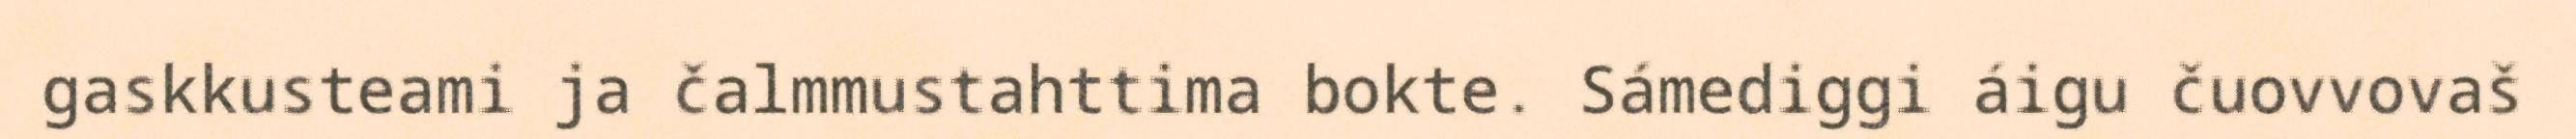
gaskkusteami ja čalmmustahttima bokte. Sámediggi áigu čuovvovaš